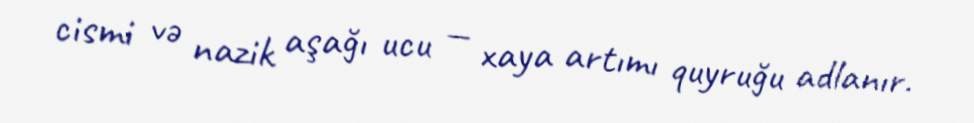
cismi və nazik aşağı ucu — xaya artımı quyruğu adlanır.